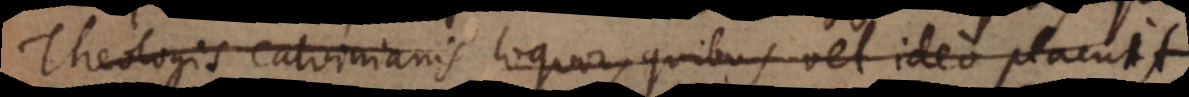
Theologis Calvinianis loquor, quibus vel ideo placuit